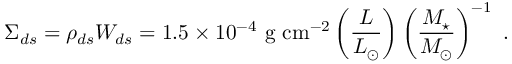
\Sigma _ { d s } = \rho _ { d s } W _ { d s } = 1 . 5 \times 1 0 ^ { - 4 } ~ \mathrm { g ~ c m ^ { - 2 } } \left( { \frac { L } { L _ { \odot } } } \right) \left( { \frac { M _ { \star } } { M _ { \odot } } } \right) ^ { - 1 } ~ .